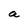
Character: a